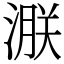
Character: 㴨